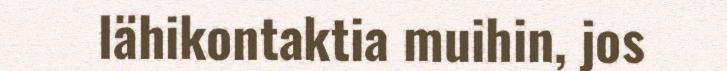
lähikontaktia muihin, jos